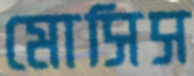
মোসিস